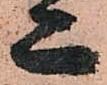
又